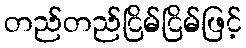
တည်တည်ငြိမ်ငြိမ်ဖြင့်